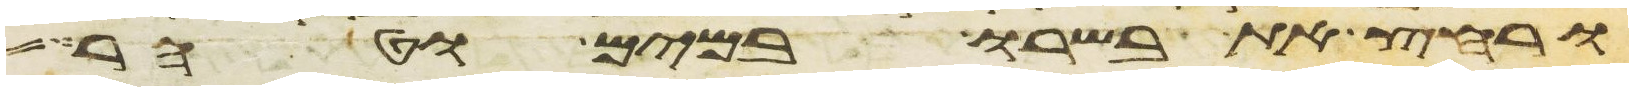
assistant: ורחץ את בשרו במים וטהר